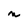
Character: n